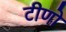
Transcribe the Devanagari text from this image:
टीणो